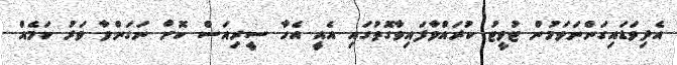
އެދިވަޑައިގަންނަވަމުން ޓުވީޓު ކުރައްވާފައިވާގޮތުގައި އެއީ އެހާ ސީރިއަސް ކޮށް ނަގަންވާ ވަރު ކަމެއް